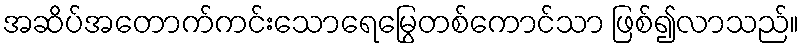
အဆိပ်အတောက်ကင်းသောရေမြွေတစ်ကောင်သာ ဖြစ်၍လာသည်။